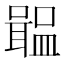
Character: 𡁢